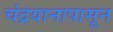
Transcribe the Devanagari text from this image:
चंद्रयानापासून